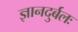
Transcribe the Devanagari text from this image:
ज्ञानदुर्बलः